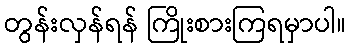
တွန်းလှန်ရန် ကြိုးစားကြရမှာပါ။